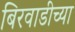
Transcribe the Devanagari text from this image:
बिरवाडीच्या